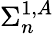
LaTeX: \Sigma_{n}^{1,A}